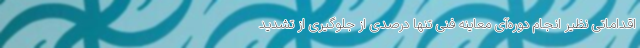
اقداماتی نظیر انجام دوره‌آی معاینه فنی تنها درصدی از جلوگیری از تشدید